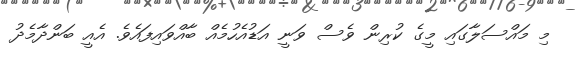
މި މައްސަލާގައި މީގެ ކުރިން ވެސް ވަނީ އަޑުއެހުމެއް ބާއްވައިފައެވެ. އެއީ ބަންދާމެދު